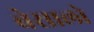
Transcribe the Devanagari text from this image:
बेसालो